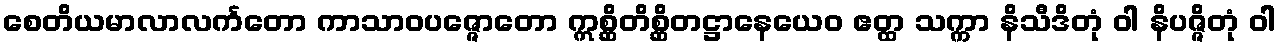
စေတိယမာလာလင်္ကတော ကာသာဝပဇ္ဇောတော ဣစ္ဆိတိစ္ဆိတဋ္ဌာနေယေဝ ဧတ္ထ သက္ကာ နိသီဒိတုံ ဝါ နိပဇ္ဇိတုံ ဝါ